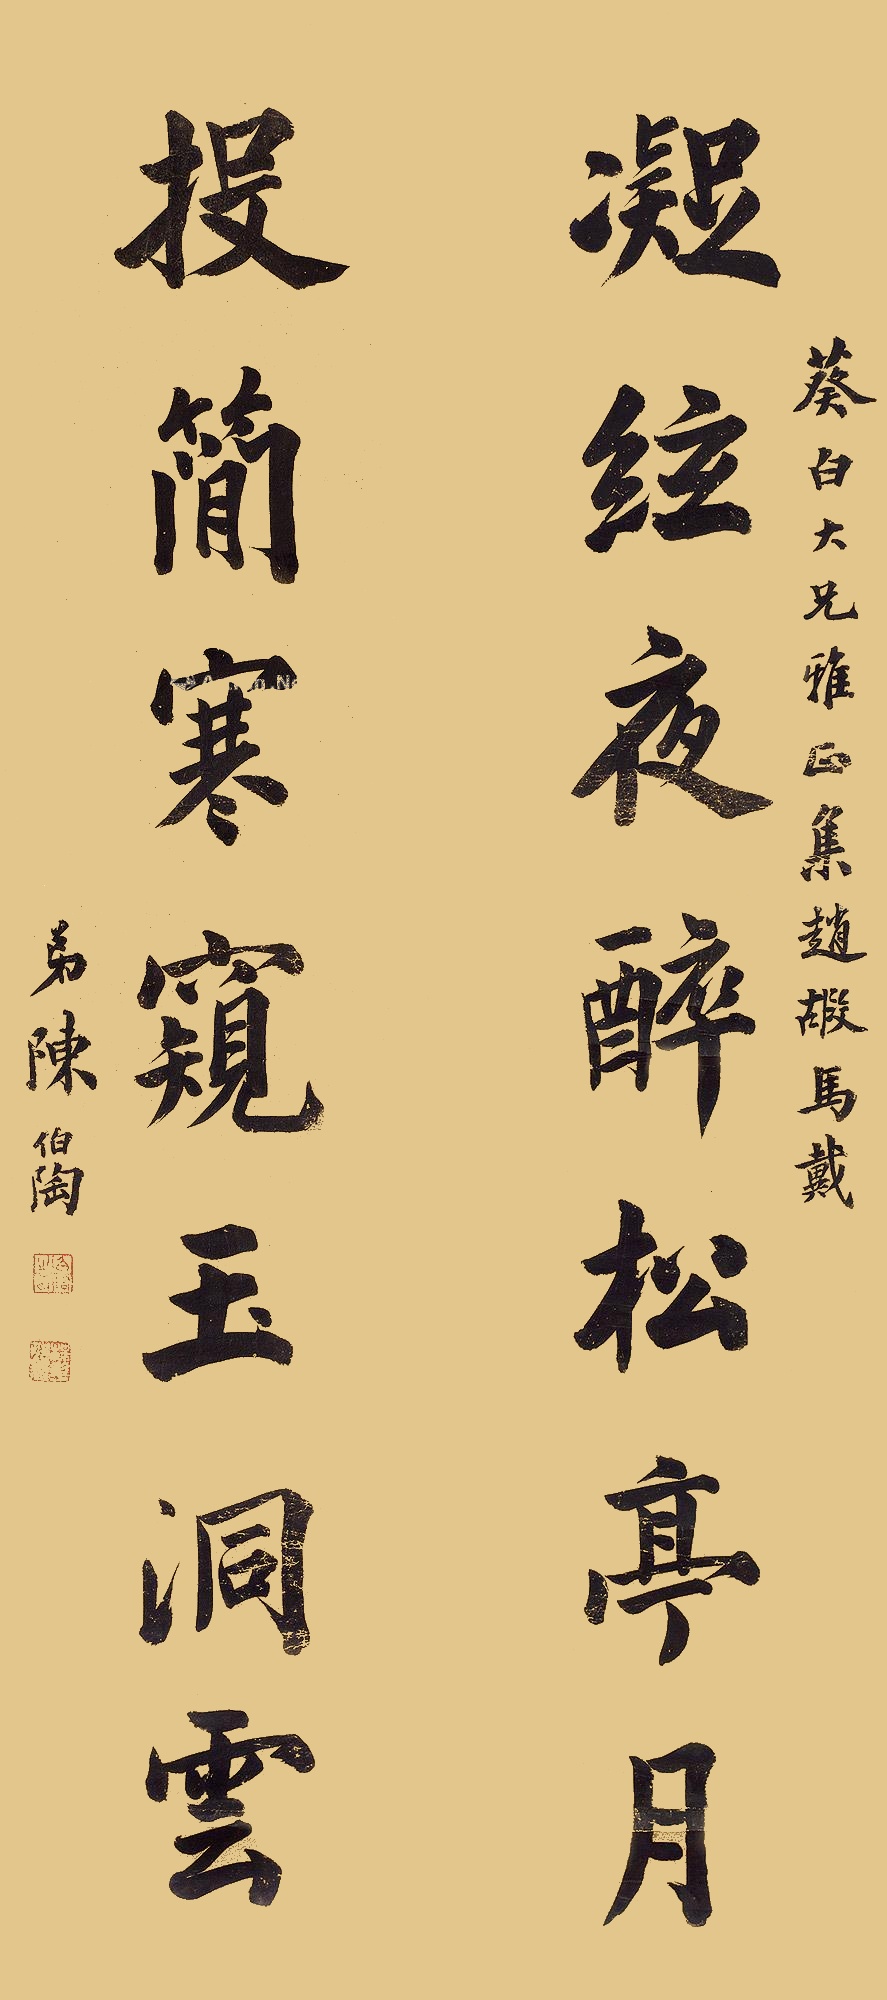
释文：凝绘夜醉松亭月，投简寒窥玉洞云。葵白大兄雅正。集赵嘏、马戴。弟陈伯陶。